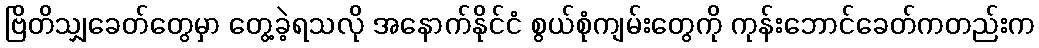
ဗြိတိသျှခေတ်တွေမှာ တွေ့ခဲ့ရသလို အနောက်နိုင်ငံ စွယ်စုံကျမ်းတွေကို ကုန်းဘောင်ခေတ်ကတည်းက